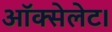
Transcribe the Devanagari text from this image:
ऑक्सेलेट।